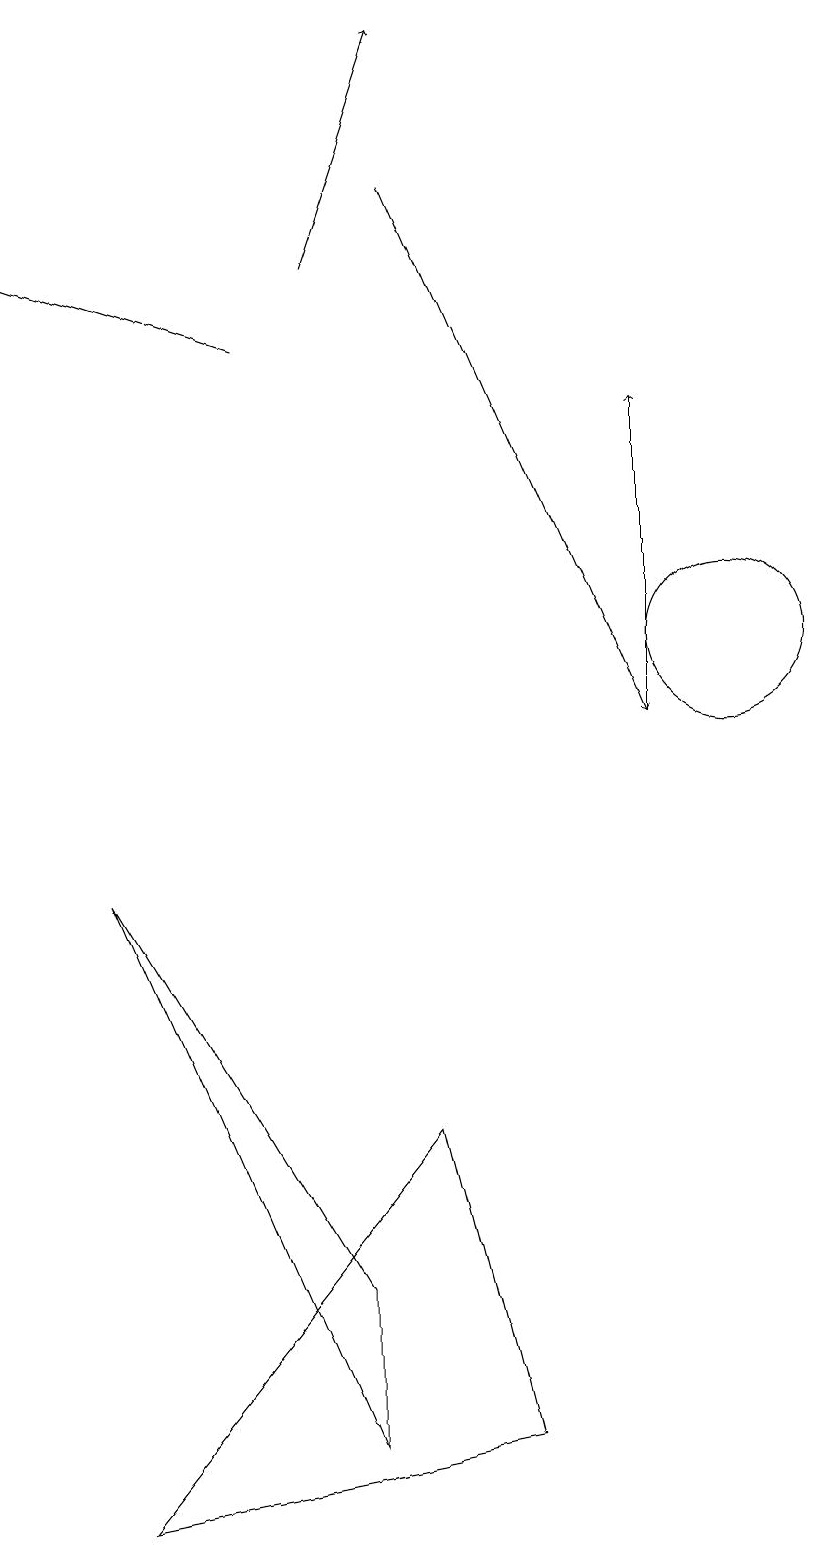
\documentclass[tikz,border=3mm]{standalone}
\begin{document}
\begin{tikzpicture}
\draw[->] (6,17) -- (9,10);
\draw[->] (5,16) -- (6,19);
\draw (5,3) -- (5,1) -- (2,8) -- cycle;
\draw (10,11) circle (1);
\draw (6,5) -- (7,1) -- (2,0) -- cycle;
\draw[->] (4,15) -- (1,16);
\draw[->] (9,10) -- (9,14);
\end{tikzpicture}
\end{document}